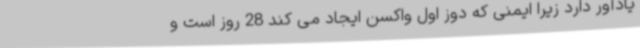
یادآور دارد زیرا ایمنی که دوز اول واکسن ایجاد می کند 28 روز است و